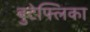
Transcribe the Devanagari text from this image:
बुटेफ्लिका